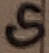
Text: G